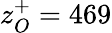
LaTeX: z_{O}^{+}=469